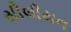
સીલીયન